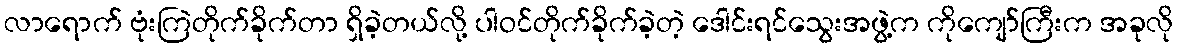
လာရောက် ဗုံးကြဲတိုက်ခိုက်တာ ရှိခဲ့တယ်လို့ ပါဝင်တိုက်ခိုက်ခဲ့တဲ့ ဒေါင်းရင်သွေးအဖွဲ့က ကိုကျော်ကြီးက အခုလို